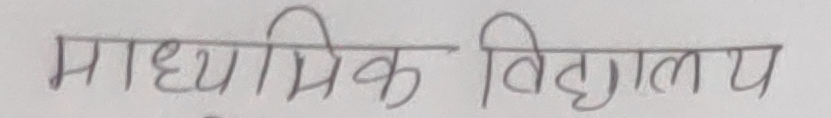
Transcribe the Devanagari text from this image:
माध्यमिक विद्यालय